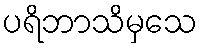
ပရိဘာသိမှသေ